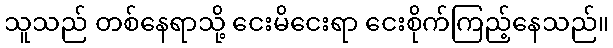
သူသည် တစ်နေရာသို့ ငေးမိငေးရာ ငေးစိုက်ကြည့်နေသည်။